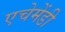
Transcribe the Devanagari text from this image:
एचेमेंडी